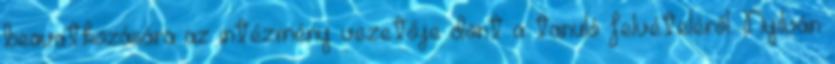
beavatkozására az intézmény vezetője dönt a tanuló felvételéről. Nyilván